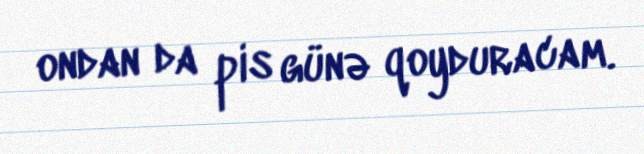
ondan da pis günə qoyduracam.